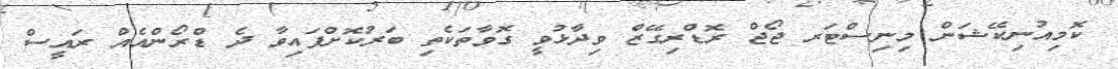
ކޮމިއުނިކޭޝަން މިނިސްޓަރ ޖޯޖް ރޮޑްރިގޭޒް ވިދާޅުވީ ގޮވާތަކެތި ބަރުކޮށްފައިވާ ދެ ޑްރޯންއެއް ރައީސް